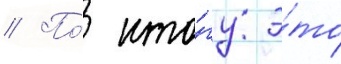
// По́ ито́гу э́то